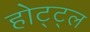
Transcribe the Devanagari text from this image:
होट्ट्ल